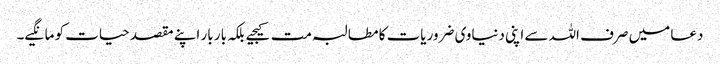
دعا میں صرف اللہ سے اپنی دنیاوی ضروریات کا مطالبہ مت کیجیے بلکہ بار بار اپنے مقصد حیات کو مانگیے۔